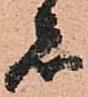
者